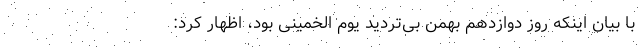
با بیان اینکه روز دوازدهم بهمن بی‌تردید یوم الخمینی بود، اظهار کرد: